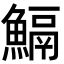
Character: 𩹺